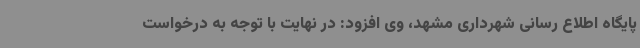
پایگاه اطلاع رسانی شهرداری مشهد، وی افزود: در نهایت با توجه به درخواست